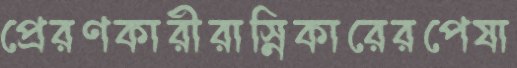
প্রেরণকারীরাস্নিকারেরপেষা